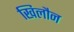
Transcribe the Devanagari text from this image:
खिलौन